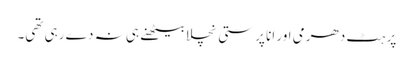
پر ہٹ دھرمی اور انا پرستی نچلا بیٹھنے ہی نہ دے رہی تھی۔